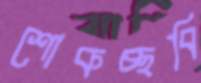
শোকচ্ছবি